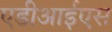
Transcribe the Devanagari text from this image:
एडीआईएस